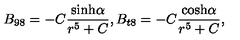
B _ { 9 8 } = - C { \frac { \mathrm { s i n h } \alpha } { r ^ { 5 } + C } } , B _ { t 8 } = - C { \frac { \mathrm { c o s h } \alpha } { r ^ { 5 } + C } } ,